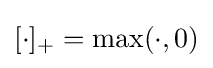
{\textstyle [\cdot ]_{+}=\max(\cdot ,0)}